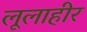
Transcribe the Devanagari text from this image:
लूलाहीर